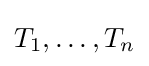
T_{1},\dots ,T_{n}